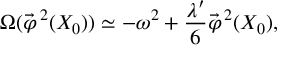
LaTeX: \Omega ( \vec { \varphi } ^ { \, 2 } ( X _ { 0 } ) ) \simeq - \omega ^ { 2 } + \frac { \lambda ^ { \prime } } { 6 } \vec { \varphi } ^ { \, 2 } ( X _ { 0 } ) ,